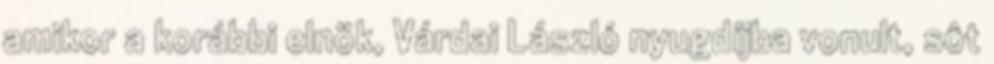
amikor a korábbi elnök, Várdai László nyugdíjba vonult, sôt